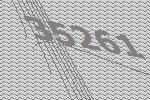
35261